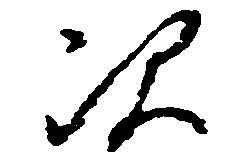
次